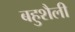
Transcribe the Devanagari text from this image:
बहुशैली